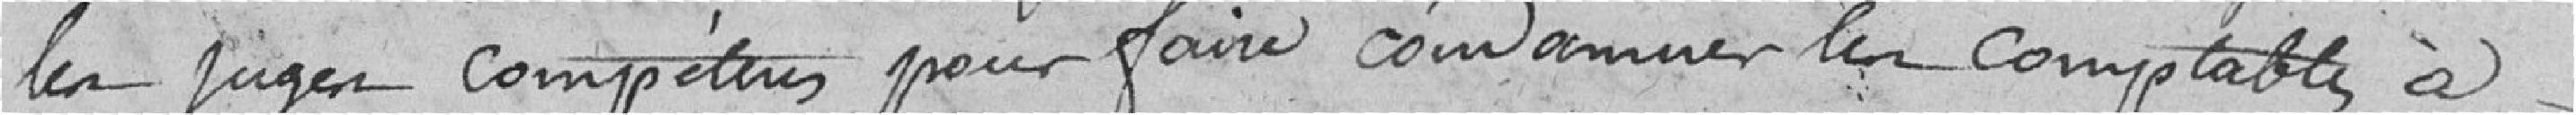
les juges compétents pour faire condamner les comptables à